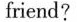
friend?